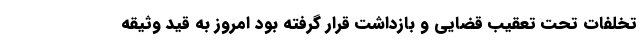
تخلفات تحت تعقیب قضایی و بازداشت قرار گرفته بود امروز به قید وثیقه